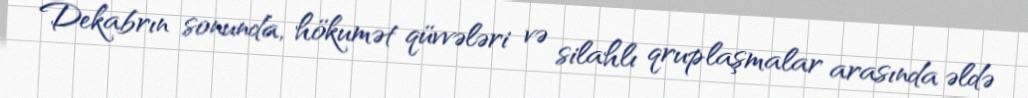
Dekabrın sonunda, hökumət qüvvələri və silahlı qruplaşmalar arasında əldə